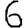
Digit: 6